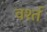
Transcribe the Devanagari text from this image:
वर्श्त